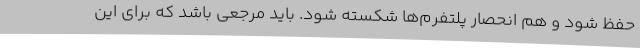
حفظ شود و هم انحصار پلتفرم‌ها شکسته شود. باید مرجعی باشد که برای این